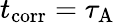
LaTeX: t_{\mathrm{corr}}=\tau_{\mathrm{A}}